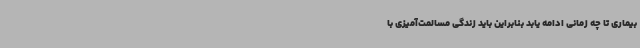
بیماری تا چه زمانی ادامه یابد بنابراین باید زندگی مسالمت‌آمیزی با